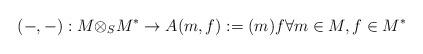
LaTeX: \begin{align*}(-,-): M {\otimes_S} M^\ast \rightarrow A (m,f) := (m)f \forall m\in M, f\in M^\ast\end{align*}